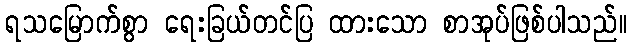
ရသမြောက်စွာ ရေးခြယ်တင်ပြ ထားသော စာအုပ်ဖြစ်ပါသည်။